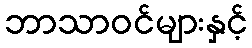
ဘာသာဝင်များနှင့်